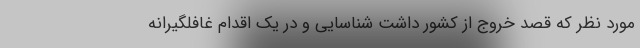
مورد نظر که قصد خروج از کشور داشت شناسایی و در یک اقدام غافلگیرانه